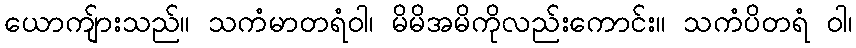
ယောကျ်ားသည်။ သကံမာတရံဝါ၊ မိမိအမိကိုလည်းကောင်း။ သကံပိတရံ ဝါ၊